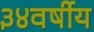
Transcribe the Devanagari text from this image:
३४वर्षीय